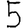
Digit: 5